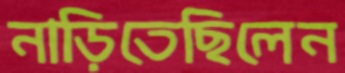
নাড়িতেছিলেন